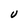
Character: V